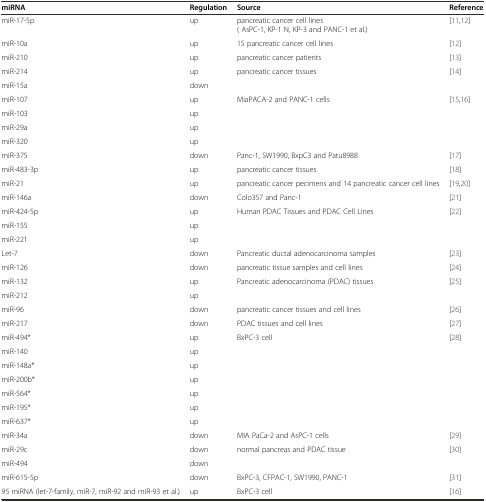
| miRNA | Regulation | Source | Reference |
 | --- | --- | --- | --- |
 | miR-17-5p | up | pancreatic cancer cell lines ( AsPC-1, KP-1 N, KP-3 and PANC-1 et al.) | [11,12] |
 | miR-10a | up | 15 pancreatic cancer cell lines | [12] |
 | miR-210 | up | pancreatic cancer patients | [13] |
 | miR-214 | up | pancreatic cancer tissues | [14] |
 | miR-15a | down |  |  |
 | miR-107 | up | <ROWSPAN=4> MiaPACA-2 and PANC-1 cells | <ROWSPAN=4> [15,16] |
 | miR-103 | up |
 | miR-29a | up |
 | miR-320 | up |
 | miR-375 | down | Panc-1, SW1990, BxpC3 and Patu8988 | [17] |
 | miR-483-3p | up | pancreatic cancer tissues | [18] |
 | miR-21 | up | pancreatic cancer pecimens and 14 pancreatic cancer cell lines | [19,20] |
 | miR-146a | down | Colo357 and Panc-1 | [21] |
 | miR-424-5p | up | <ROWSPAN=3> Human PDAC Tissues and PDAC Cell Lines | <ROWSPAN=3> [22] |
 | miR-155 | up |
 | miR-221 | up |
 | Let-7 | down | Pancreatic ductal adenocarcinoma samples | [23] |
 | miR-126 | down | pancreatic tissue samples and cell lines | [24] |
 | miR-132 | up | <ROWSPAN=2> Pancreatic adenocarcinoma (PDAC) tissues | <ROWSPAN=2> [25] |
 | miR-212 | up |
 | miR-96 | down | pancreatic cancer tissues and cell lines | [26] |
 | miR-217 | down | PDAC tissues and cell lines | [27] |
 | miR-494* | up | <ROWSPAN=7> BxPC-3 cell | <ROWSPAN=7> [28] |
 | miR-140 | up |
 | miR-148a* | up |
 | miR-200b* | up |
 | miR-564* | up |
 | miR-195* | up |
 | miR-637* | up |
 | miR-34a | down | MIA PaCa-2 and AsPC-1 cells | [29] |
 | miR-29c | down | <ROWSPAN=2> normal pancreas and PDAC tissue | <ROWSPAN=2> [30] |
 | miR-494 | down |
 | miR-615-5p | down | BxPC-3, CFPAC-1, SW1990, PANC-1 | [31] |
 | 95 miRNA (let-7-family, miR-7, miR-92 and miR-93 et al.) | up | BxPC-3 cell | [16] |